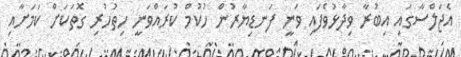
އެޖަލްސާގައި އިބުރާ ވިދާޅުވެފައި ވަނީ ފަނޑިޔާރުން ހުކުމް ކުރައްވަނީ ހިތުހުރި ގޮތަކަށް ކަމަށާއި